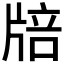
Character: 𤗏